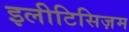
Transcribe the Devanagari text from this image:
इलीटिसिज़म